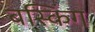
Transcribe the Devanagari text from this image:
बस्किंग